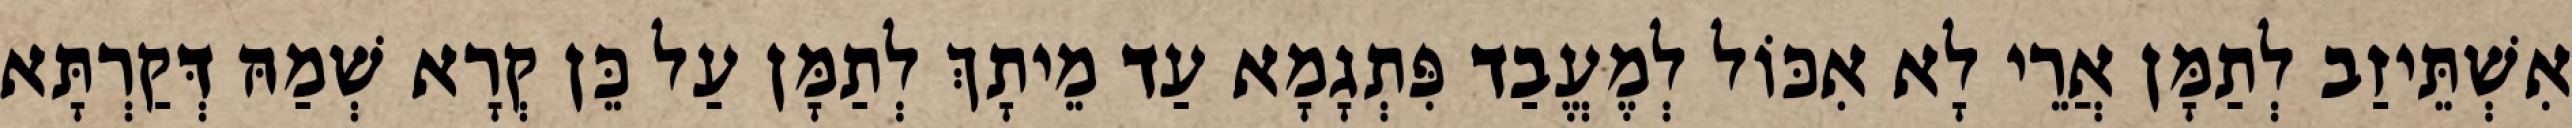
אִשְׁתֵּיזַב לְתַמָּן אֲרֵי לָא אִכּוֹל לְמֶעֱבַד פִּתְגָמָא עַד מֵיתָךְ לְתַמָּן עַל כֵּן קְרָא שְׁמַהּ דְּקַרְתָּא